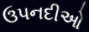
ઉપનદીઓ